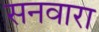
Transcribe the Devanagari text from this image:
सनवारा